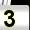
Digit: 3